38_143685_box_Incident_Summaries_101-172
Agency: Department of War
Page 114
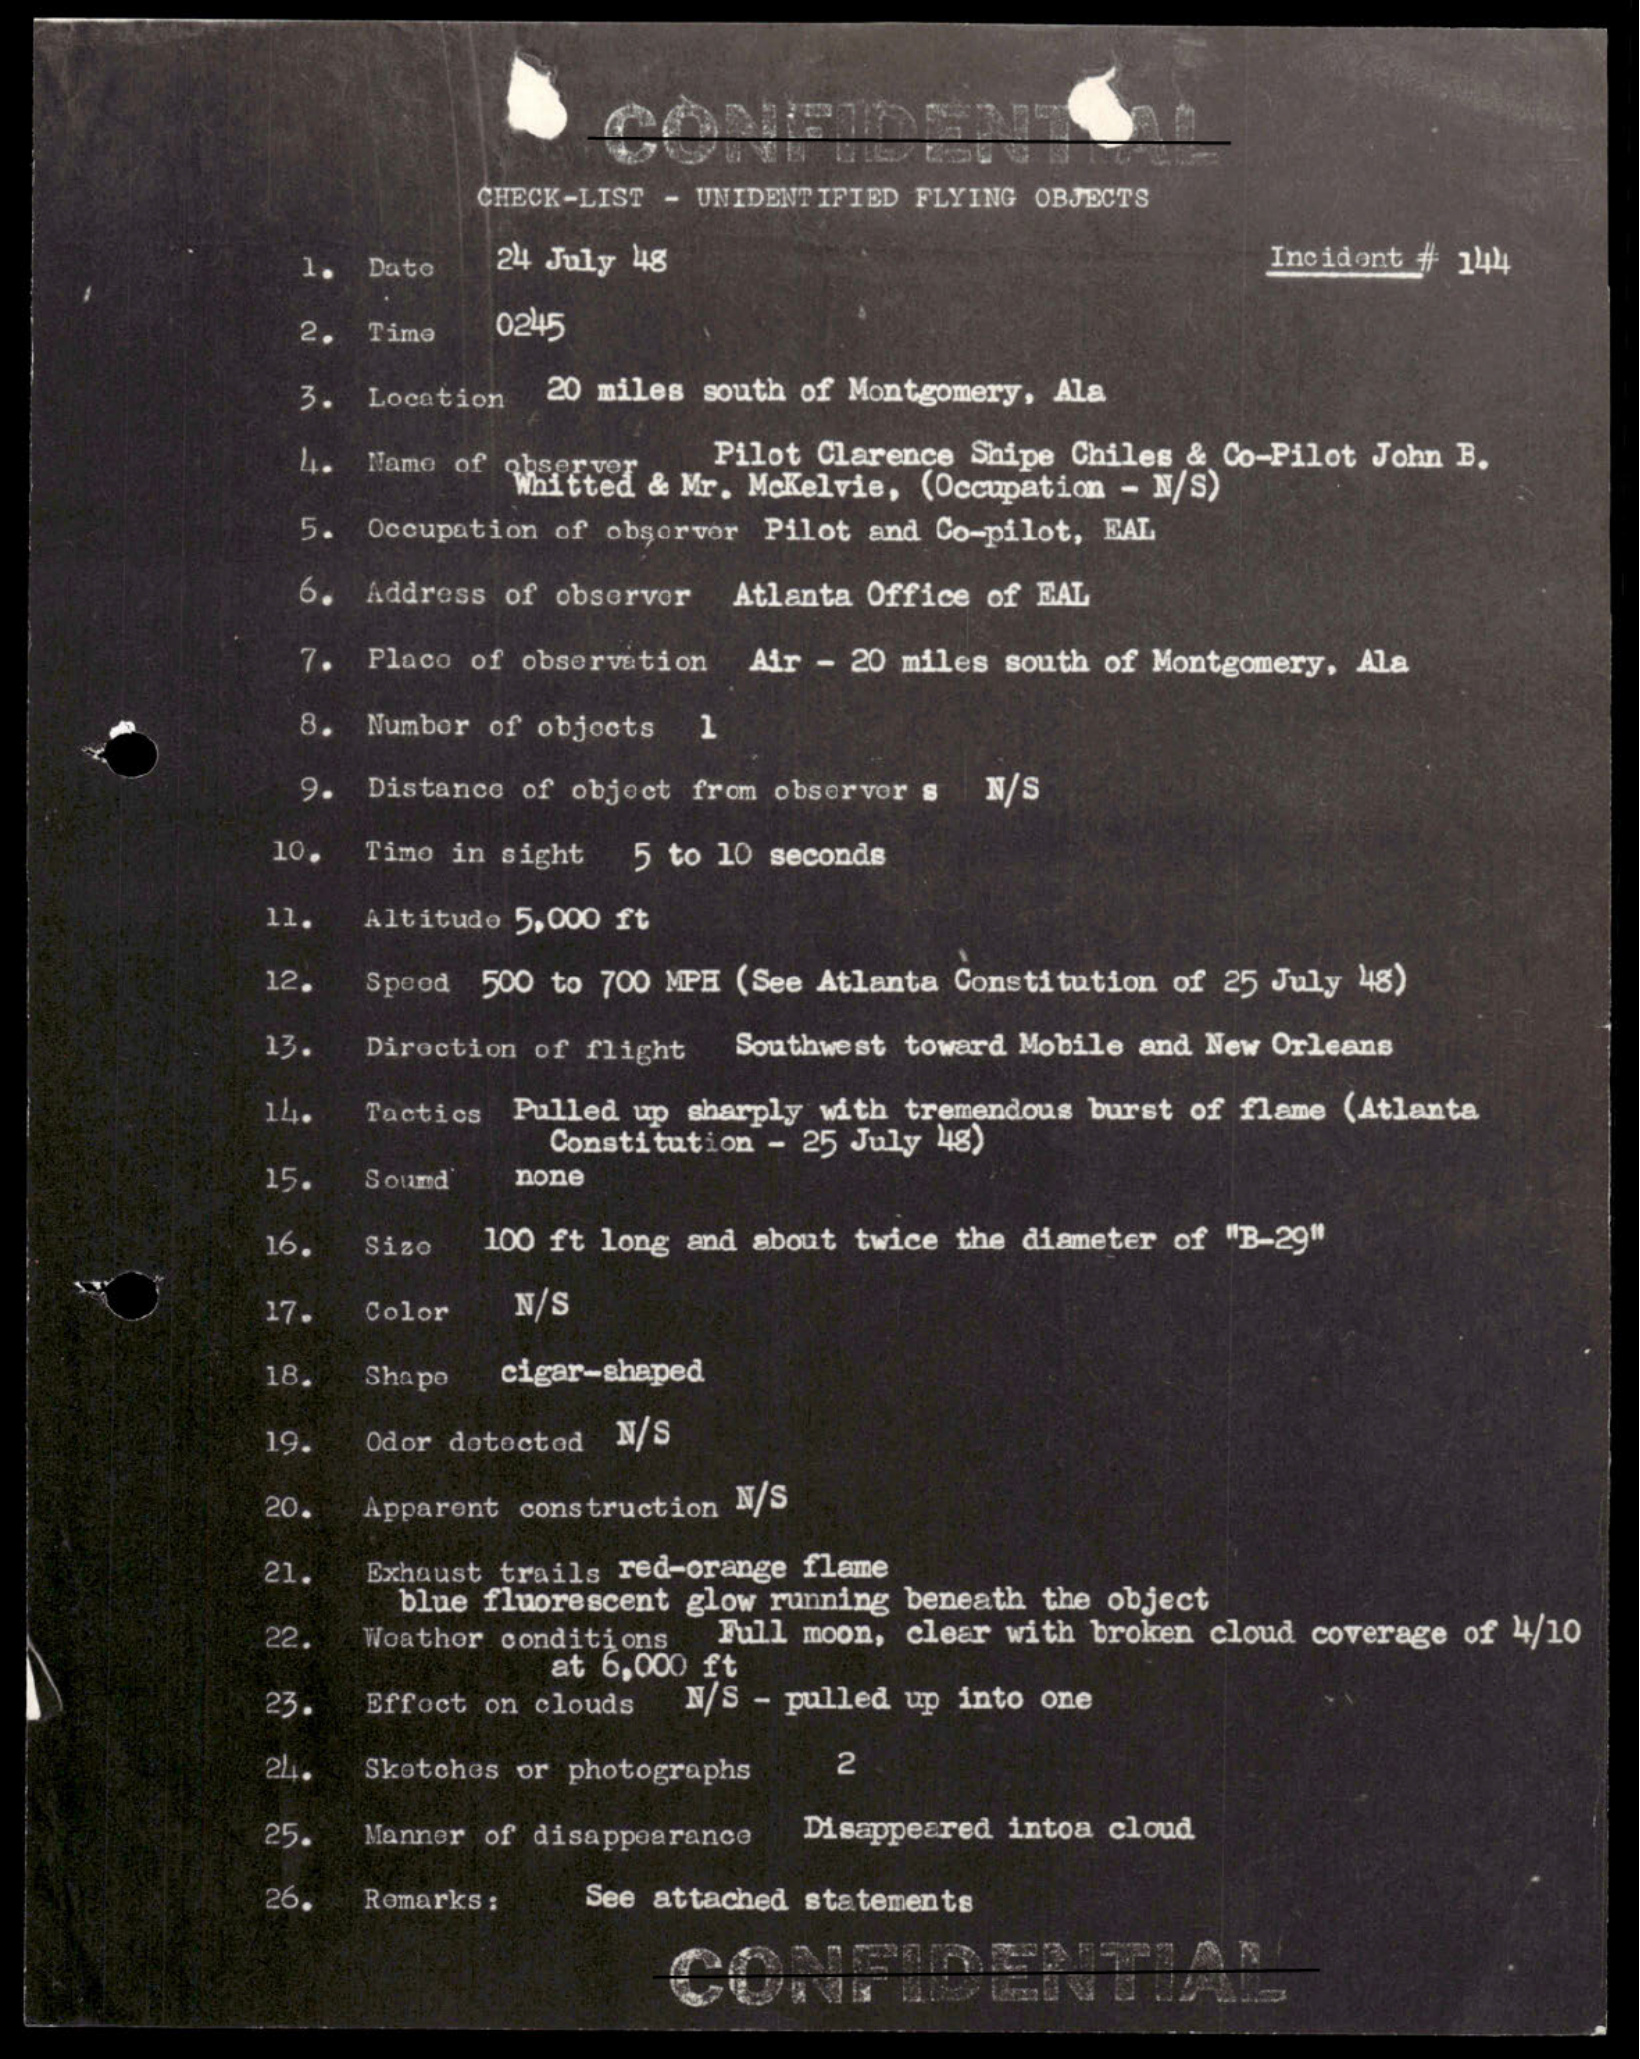